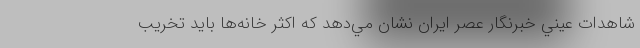
شاهدات عيني خبرنگار عصر ايران نشان مي‌دهد كه اكثر خانه‌ها بايد تخريب